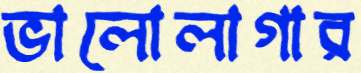
ভালোলাগার